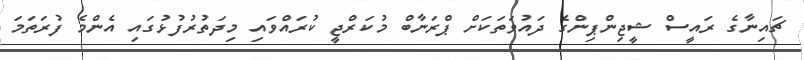
ޗައިނާގެ ރައީސް ޝީޖިންޕިންގެ ދައުވަތަކަށް ޕްރަނާބް މުކަރްޖީ ކުރައްވައި މިދަތުރުފުޅުގައި އެންމެ ފުރަތަމަ